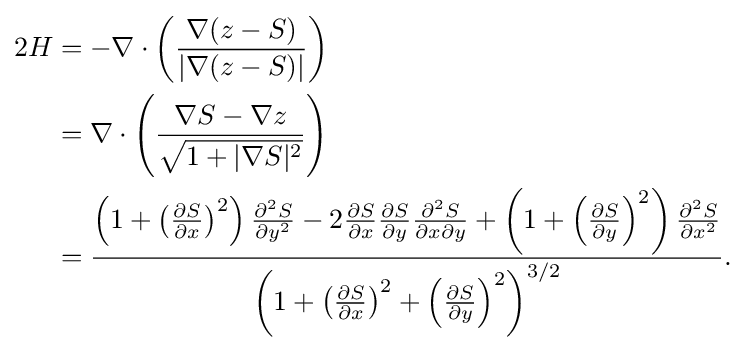
{\begin{aligned}2H&=-\nabla \cdot \left({\frac {\nabla (z-S)}{|\nabla (z-S)|}}\right)\\&=\nabla \cdot \left({\frac {\nabla S-\nabla z}{\sqrt {1+|\nabla S|^{2}}}}\right)\\&={\frac {\left(1+\left({\frac {\partial S}{\partial x}}\right)^{2}\right){\frac {\partial ^{2}S}{\partial y^{2}}}-2{\frac {\partial S}{\partial x}}{\frac {\partial S}{\partial y}}{\frac {\partial ^{2}S}{\partial x\partial y}}+\left(1+\left({\frac {\partial S}{\partial y}}\right)^{2}\right){\frac {\partial ^{2}S}{\partial x^{2}}}}{\left(1+\left({\frac {\partial S}{\partial x}}\right)^{2}+\left({\frac {\partial S}{\partial y}}\right)^{2}\right)^{3/2}}}.\end{aligned}}